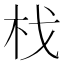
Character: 𣏾